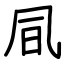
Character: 凬